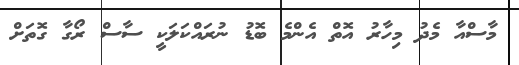
މާސްއާ މެދު މިހާރު އޮތް އެންމެ ބޮޑު ނުރައްކަލަކީ ސާސް ރޯގާ ގޮތަށް